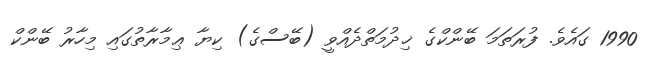
1990 ގައެވެ. ފުރަތަމަ ބޭންކްގެ ޚިދުމަތްދެއްވީ (ބޭސްގެ) ކިޔާ ޢިމާރާތުގައި މިހާރު ބޭންކް